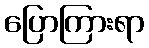
ပြောကြားရာ